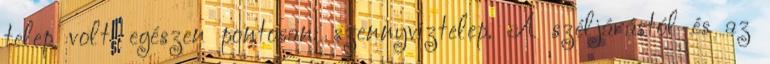
telep volt, egészen pontosan: szennyvíztelep. A széljárástól és az